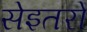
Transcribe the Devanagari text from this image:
सेइतरो